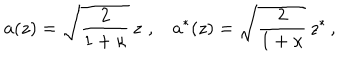
a ( z ) = \sqrt { \frac { 2 } { 1 + \kappa } } \, z \, \, , \, \, \; \; a ^ { * } ( z ) = \sqrt { \frac { 2 } { 1 + \kappa } } \, z ^ { * } \, ,